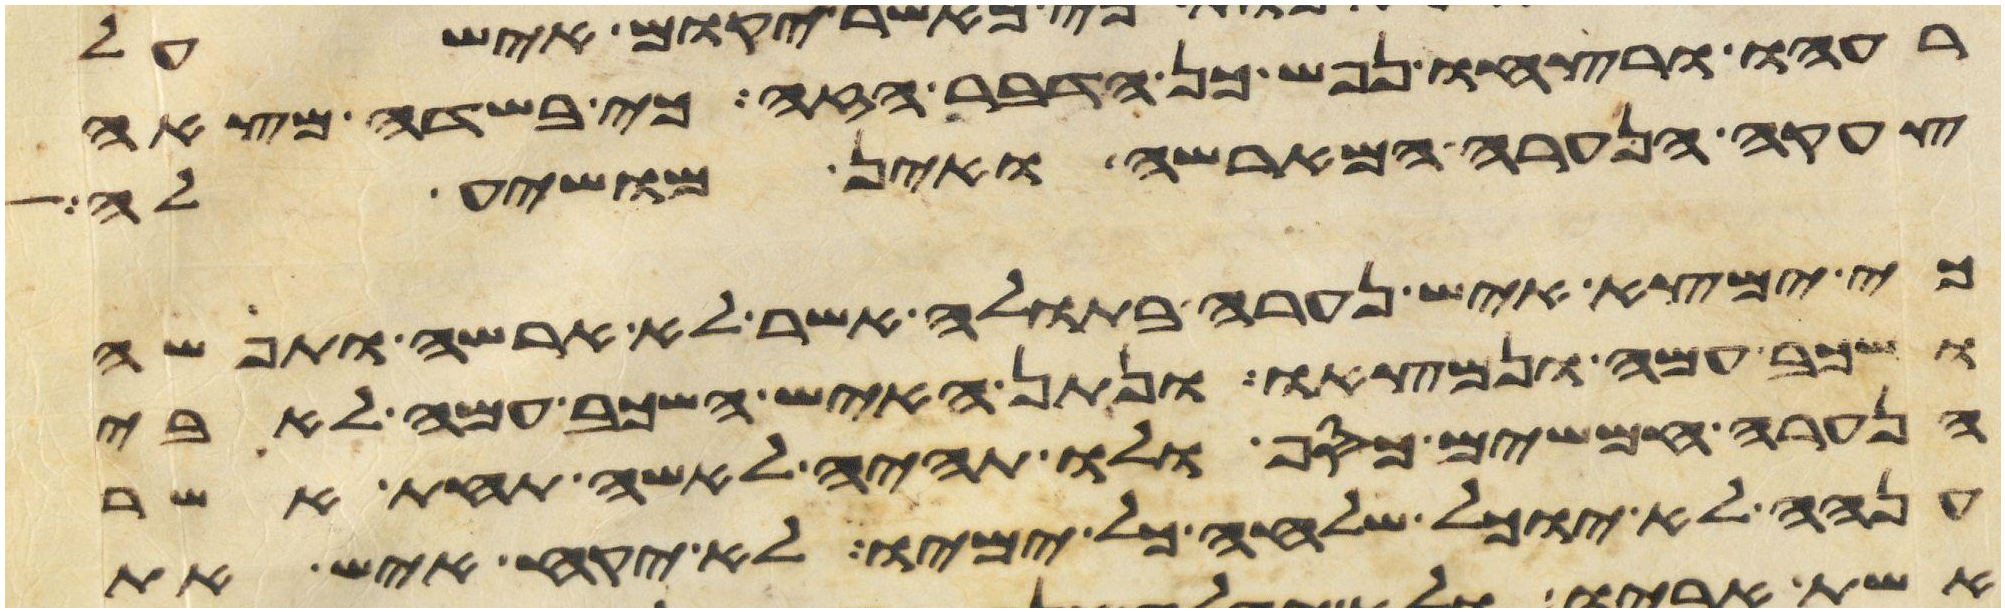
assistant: רעהו ורצחו נפש כן הדבר הזה כי בשדה מצאה
צעקה הנערה המארשה ואין מושיע לה
כי ימצא איש נערה בתולה אשר לא ארשה ותפשה
ושכב עמה ונמצאו ונתן האיש השכב עמה לאבי
הנערה חמשים כסף ולו תהיה לאשה תחת אשר
ענה לא יוכל שלחה כל ימיו לא יקח איש את